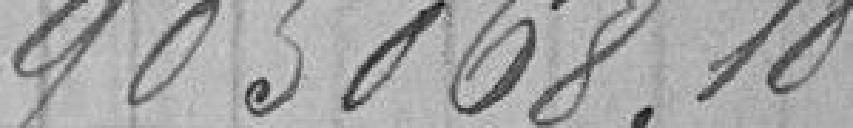
905068.10